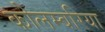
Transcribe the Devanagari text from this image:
कोलम्बरिया